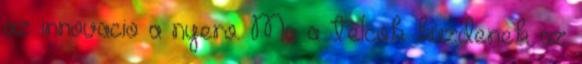
az innovacio a nyero. Ma a telcok kuzdenek az